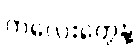
ကလေးတွေနဲ့